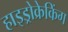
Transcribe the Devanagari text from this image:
हाइड्रोक्रेकिंग